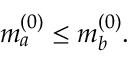
m _ { a } ^ { ( 0 ) } \leq m _ { b } ^ { ( 0 ) } .